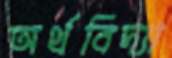
অর্থবিদ্যা